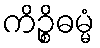
ကိဉ္စိဓမ္မံ